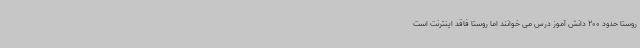
روستا حدود 200 دانش آموز درس می خوانند اما روستا فاقد اینترنت است